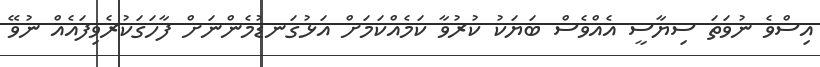
އިސްވެ ނުވަތަ ސިޔާސީ އެއްވެސް ބަޔަކު ކުރުވާ ކަމެއްކަމަށް އަޅުގަނޑުމެންނަށް ފާހަގަކުރެވިފައެއް ނުވޭ